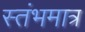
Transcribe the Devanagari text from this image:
स्तंभमात्र